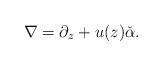
LaTeX: \begin{align*}\nabla=\partial_z+u(z)\check{\alpha}.\end{align*}